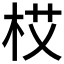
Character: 𱣏